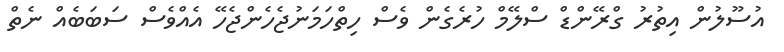
އުސޫލުން އިތުރު ގްރޭންޑް ސްލޭމް ހުރެގެން ވެސް ހިތްހަމަނުޖެހެންޖެހޭ އެއްވެސް ސަބަބެއް ނެތް